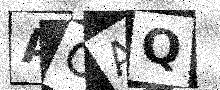
Text: AOAQ